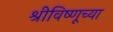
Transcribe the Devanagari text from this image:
श्रीविष्णूच्या